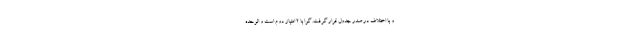
و با اختلاف در صدر جدول قرار گرفت. گوا با ۲ امتیاز دوم است و الوحده